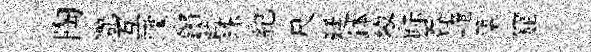
陶灔互躪鏘籃珠紀尺廷鉢黎眎吞崦築窟